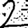
Digit: 2